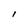
Character: I